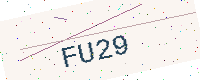
Text: FU29